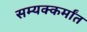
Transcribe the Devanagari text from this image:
सम्यक्कर्मांत